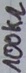
Text: 100KΩ